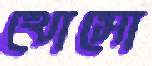
খোসো